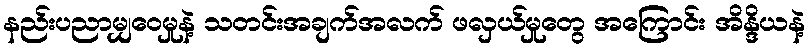
နည်းပညာမျှဝေမှုနဲ့ သတင်းအချက်အလက် ဖလှယ်မှုတွေ အကြောင်း အိန္ဒိယနဲ့